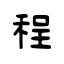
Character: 程